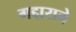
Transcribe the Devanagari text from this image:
गद्दाराने